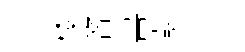
楼膂畫藹